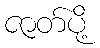
ဇာတ်ပို့